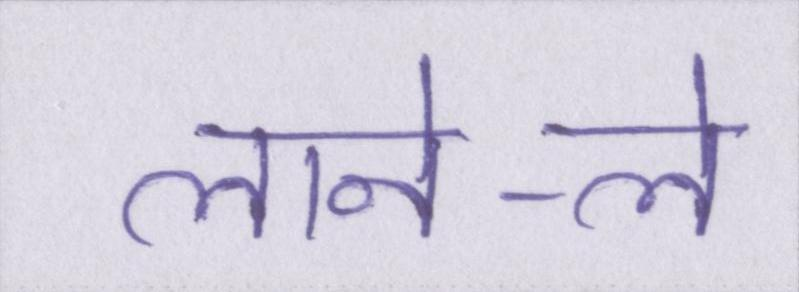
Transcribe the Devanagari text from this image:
लाने-ले